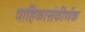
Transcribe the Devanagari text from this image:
वाहिकासंकीर्णक